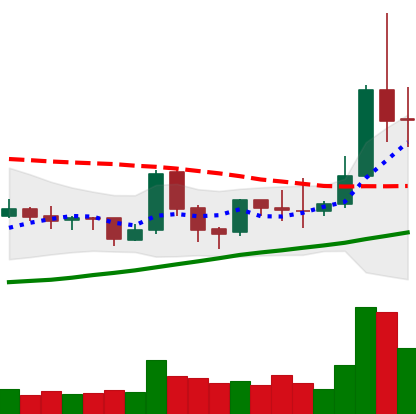
Ticker: TRX-USD
Chart end date: 2019-04-04
Forward return: 15.288%
Label: up_7plus